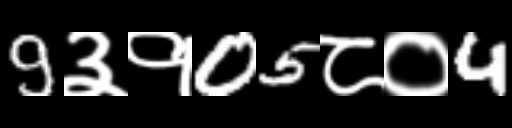
Text: 9३१05८०4